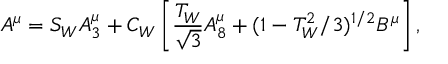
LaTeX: A ^ { \mu } = S _ { W } A _ { 3 } ^ { \mu } + C _ { W } \left[ \frac { T _ { W } } { \sqrt { 3 } } A _ { 8 } ^ { \mu } + ( 1 - T _ { W } ^ { 2 } / 3 ) ^ { 1 / 2 } B ^ { \mu } \right] ,